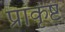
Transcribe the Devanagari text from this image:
प्राकृष्ट